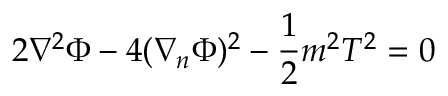
2 \nabla ^ { 2 } \Phi - 4 ( \nabla _ { n } \Phi ) ^ { 2 } - \frac { 1 } { 2 } m ^ { 2 } T ^ { 2 } = 0